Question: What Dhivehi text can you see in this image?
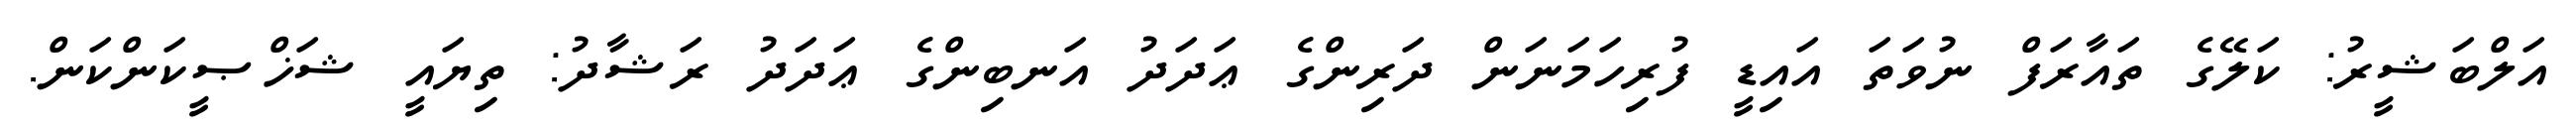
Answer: އަލްބަޝީރު: ކަލޭގެ ތައާރަފް ނުވަތަ އައިޑީ ފުރިހަމަނަން ދަރިންގެ ޢަދަދު އަނބިންގެ ޢަދަދު ރަޝާދު: ތިޔައީ ޝަޚްޞީކަންކަން.